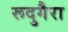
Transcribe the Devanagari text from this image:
रूदुगैरा